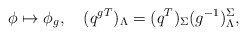
\begin{align*}\phi\mapsto \phi_g, \quad ({q^g}^T)_\Lambda= (q^T)_\Sigma (g^{-1})^\Sigma_\Lambda,\end{align*}